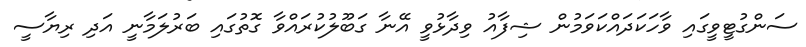
ސަންގުޓީވީގައި ވާހަކަދައްކަވަމުން ޝިފާއު ވިދާޅުވީ އޭނާ ގަބޫލުކުރައްވާ ގޮތުގައި ބަރުލަމާނީ އަދި ރިޔާސީ